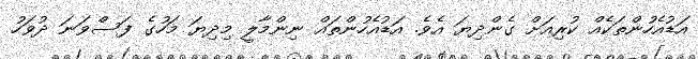
އަޑުއެހުންތަކެއް ކުރިއަށް ގެންދިޔަ އެވެ. އަޑުއެހުންތައް ނިންމާލީ މިދިޔަ މަހުގެ ފަސްވަނަ ދުވަހު